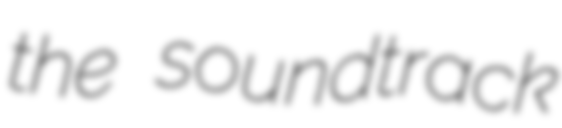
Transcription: the soundtrack